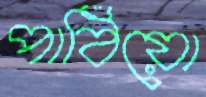
পাঠিয়ো